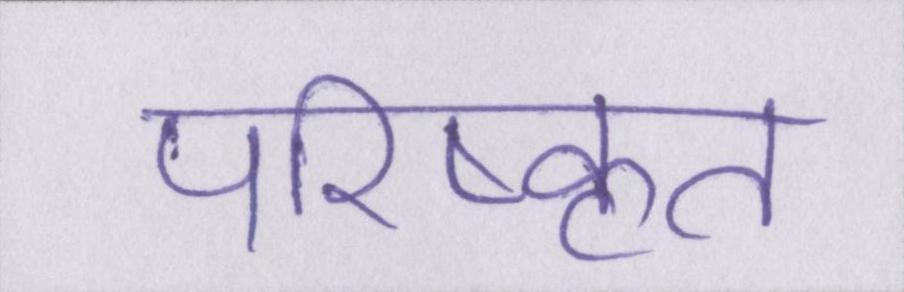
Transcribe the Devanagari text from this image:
परिष्कृत